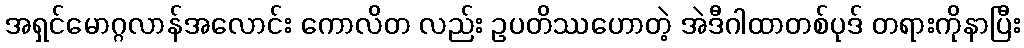
အရှင်မောဂ္ဂလာန်အလောင်း ကောလိတ လည်း ဥပတိဿဟောတဲ့ အဲဒီဂါထာတစ်ပုဒ် တရားကိုနာပြီး